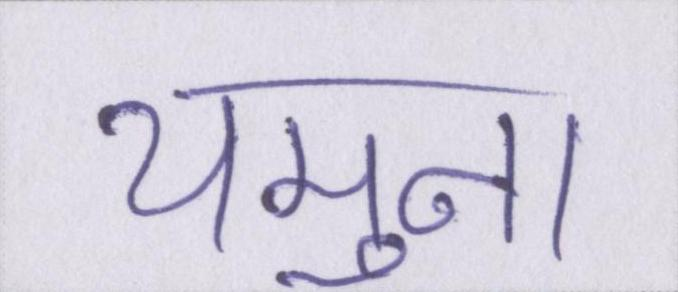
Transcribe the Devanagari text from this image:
यमुना